Lunatic asylums in Bengal annual reports 1888-1898 - 1888-1898
Year: 1888
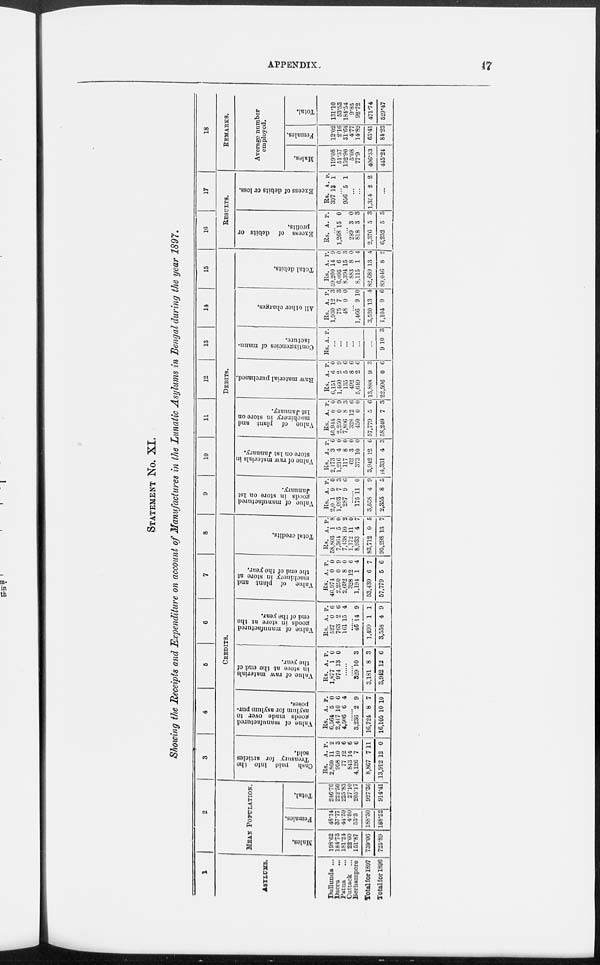
APPENDIX.
47
STATEMENT No. XI.
Showing the Receipts and Expenditure on account of Manufactures in the Lunatic Asylums in Bengal during the year 1897.
1
ASYLUMS.
Dullunda ...
Dacca ...
Patna ...
Cuttack ...
Berhampore
Total for 1897
Total for 1896
2
MEAN POPULATION.
Males.
198.62
184.73
181.24
22.60
151.87
739.06
725.89
Females.
48.14
37.77
44.59
4.50
53.3
188.30
188.52
Total.
246.76
222.50
225.83
27.10
205.17
927.36
914.41
3
4
5
6
7
8
CREDITS.
Cash paid into the
Treasury for articles
sold.
Rs.
2,860
958
77
843
4,126
8,867
13,912
A.
11
10
12
14
7
7
12
P.
2
3
6
6
6
11
0
Value of manufactured
goods made over to
asylum for asylum pur-
poses.
Rs.
6,564
2,417
4,506
A.
5
10
6
P.
0
6
4
......
3,236
16,724
16,105
2
8
10
9
7
10
Value of raw materials
in store at the end of
the year.
Rs.
1,877
974
A.
1
13
P.
0
0
......
......
329
3,181
3,942
10
8
12
3
3
6
Value of manufactured
goods in store at the
end of the year.
Rs.
527
763
161
A.
0
2
15
P.
6
6
4
......
46
1,499
3,558
14
1
4
9
1
9
Value of plant and
machinery in store at
the end of the year.
Rs.
46,974
2,250
2,692
328
1,194
53,439
57,779
A.
0
0
8
12
1
6
5
P.
0
9
0
6
4
7
6
Total credits.
Rs.
58,803
7,364
7,138
1,172
8,933
83,712
95,298
A.
1
5
10
11
4
0
13
P.
8
0
2
0 7
5
7
9
10
11
12
13
14
15
DEBITS.
Value of manufactured
goods in store on 1st
January.
Rs.
2,031
1,093
287
A.
9
7
9
P.
0
3
6
......
175
3,558
2,355
11
4
8
0
9
5
Value of raw materials in
store on 1st January.
Rs.
2,173
1,216
117
62
373
3,942
4,331
A.
3
4
8
3
10
12
4
P.
6
0
0
0
0
6
3
Value of plant and
machinery in store on
1st January.
Rs.
46,944
2,250
7,806
328
450
57,779
58,249
A.
0
0
8
12
0
5
7
P.
0
9
3
6
0
6
3
Raw material purchased.
Rs.
6,151
1,460
135
492
5,649
13,888
22,996
A.
6
2
5
8
2
9
0
P.
0
9
6
6
6
3
6
Contingencies of manu-
facture.
Rs. A. P.
...
...
...
...
...
...
9 10 3
All other charges.
Rs.
1,930
75
48
A.
12
7
0
P.
3
3
0
...
1,466
3,520
1,104
9
13
9
10
4
6
Total debits.
Rs.
59,200
6,095
8,394
883
8,115
82,689
89,046
A.
14
6
15
8
1
13
8
P.
9
0
3
0
4
4
2
16
17
RESULTS.
Excess of debits or
profits.
Rs. A. P.
...
1,268 15 0
...
289
818
2,376
6,252
3
3
5
5
0
3
3
5
Excess of debits or loss.
Rs.
397
A.
13
P.
1
...
956 5 1
...
...
1,354 2 2
...
18
REMARKS.
Average number
employed.
Males.
119.08
51.37
152.90
5.08
77.9
406.33
445.24
Females.
12.02
2.16
31.64
4.77
14.82
65.41
84.23
Total.
131.10
53.53
184.54
9.85
92.72
471.74
529.47